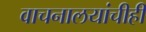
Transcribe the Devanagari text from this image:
वाचनालयांचीही